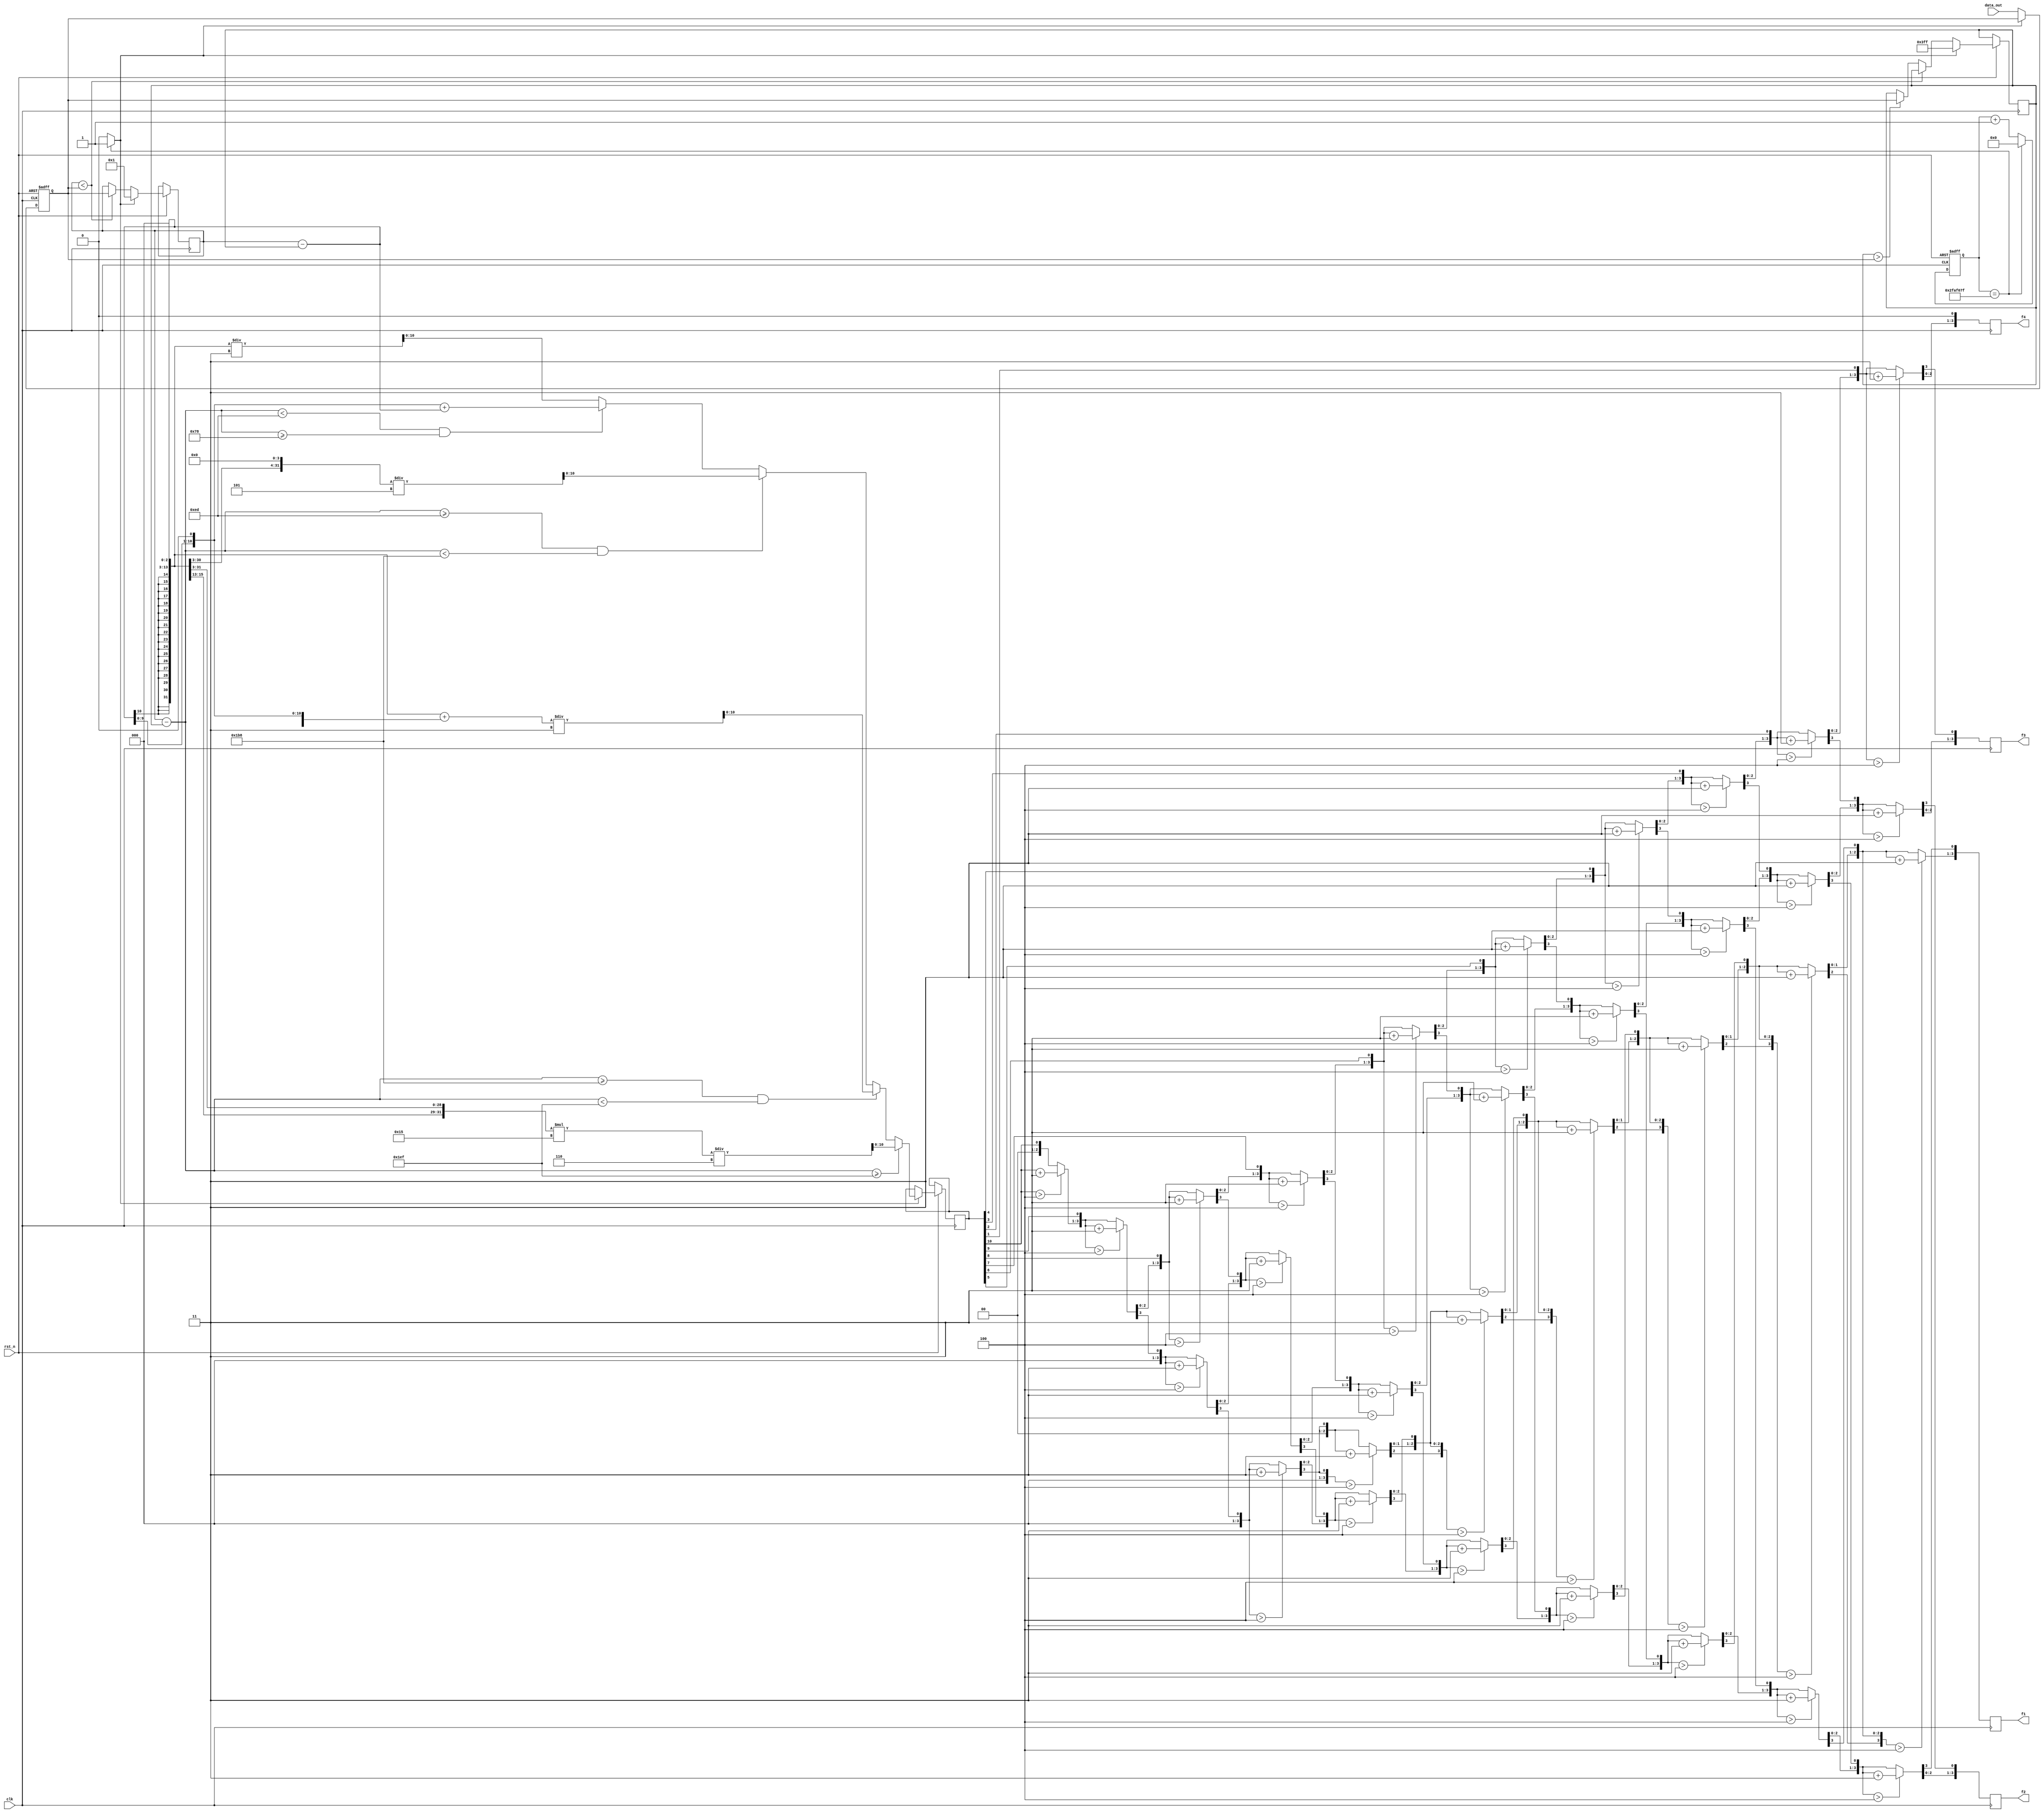
module fuzhi (clk,rst_n,data_out,f1,f2,f3,f4);
input clk,rst_n;
input[9:0] data_out;
output[3:0] f1,f2,f3,f4;
//********************************8
reg[25:0] cnt;
always@(posedge clk or negedge rst_n)
begin
	if(!rst_n) cnt<=1'b0;
	else if(cnt==26'd49_999_999)
		cnt<=1'b0;
	else 
		cnt<=cnt+1'b1;
end
		
wire t=(cnt==26'd49_999_999) ? 1'b1:1'b0;	
	
reg[9:0] datamax,datamin;
reg[10:0]fuzhi_r;
reg[9:0] data_r;

always@(posedge clk or negedge rst_n)
begin
	if(!rst_n)
		data_r<=1'b0;
	else if(t)
	begin
		datamax<=1'b1;
		datamin<=10'd1023;
		if((datamax-datamin)>=9'd495)
			fuzhi_r<=(((datamax-datamin)*21)/6);
		else if((datamax-datamin)>=9'd440 && (datamax-datamin)<9'd495)
			fuzhi_r<=((((datamax-datamin)<<2'd3)+((datamax-datamin)<<1'b1))/3);
		else if((datamax-datamin)>=8'd237&&(datamax-datamin)<9'd440)
			fuzhi_r<=(((datamax-datamin)<<3'd4)/5);
		else if((datamax-datamin)<8'd237&&(datamax-datamin)>=7'd120)
			fuzhi_r<=(((datamax-datamin)<<1'd1)+(datamax-datamin));
		else
			fuzhi_r<=(((datamax-datamin)<<2'd3)/3);
	end
	else
	begin
		data_r<=data_out;
		if(datamax<data_r)	
			datamax<=data_r;
		else if(datamin>data_r) 
			datamin<=data_r;
	end
end
//*****************************************8
reg[10:0] fuzhi;
reg[3:0] f1_r,f2_r,f3_r,f4_r;
reg[15:0] temp;
integer i;

always@(posedge clk)
begin
	fuzhi=fuzhi_r;
	temp = 0;
	for(i = 0;i < 10;i = i + 1)
	begin
		 temp = {temp[14:0],fuzhi[10]}; 
		 if(temp[3:0] > 4'd4) 
			temp[3:0] = temp[3:0]+4'd3;
         if(temp[7:4] > 4'd4) 
            temp[7:4] = temp[7:4]+4'd3;
         if(temp[11:8] > 4'd4) 
            temp[11:8] = temp[11:8]+4'd3;
         if(temp[15:12] > 4'd4) 
            temp[15:12] = temp[15:12]+4'd3;
		 fuzhi=fuzhi<<1;  
          {f1_r,f2_r,f3_r,f4_r}={temp[14:0],fuzhi[0]};
      end
end

assign f1=f1_r;
assign f2=f2_r;
assign f3=f3_r;
assign f4=f4_r;

endmodule